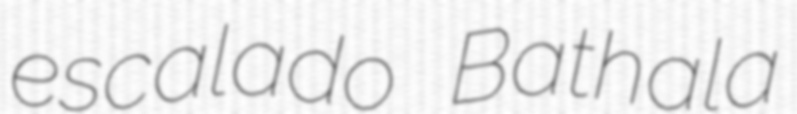
escalado Bathala